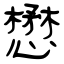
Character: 懋